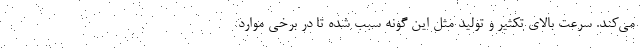
می‌کند. سرعت بالای تکثیر و تولید مثل این گونه سبب شده تا در برخی موارد